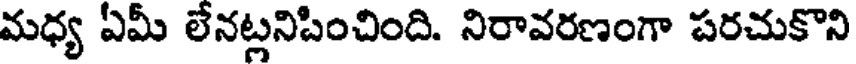
మధ్య ఏమీ లేనట్లనిపించింది. నిరావరణంగా పరచుకొని